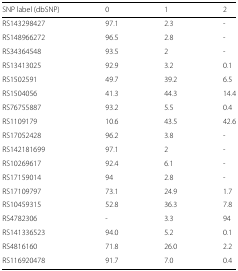
<table><thead><tr><td><b>SNP label (dbSNP)</b></td><td><b>0</b></td><td><b>1</b></td><td><b>2</b></td></tr></thead><tbody><tr><td>RS143298427</td><td>97.1</td><td>2.3</td><td>-</td></tr><tr><td>RS148966272</td><td>96.5</td><td>2.8</td><td>-</td></tr><tr><td>RS34364548</td><td>93.5</td><td>2</td><td>-</td></tr><tr><td>RS13413025</td><td>92.9</td><td>3.2</td><td>0.1</td></tr><tr><td>RS1502591</td><td>49.7</td><td>39.2</td><td>6.5</td></tr><tr><td>RS1504056</td><td>41.3</td><td>44.3</td><td>14.4</td></tr><tr><td>RS76755887</td><td>93.2</td><td>5.5</td><td>0.4</td></tr><tr><td>RS1109179</td><td>10.6</td><td>43.5</td><td>42.6</td></tr><tr><td>RS17052428</td><td>96.2</td><td>3.8</td><td>-</td></tr><tr><td>RS142181699</td><td>97.1</td><td>2</td><td>-</td></tr><tr><td>RS10269617</td><td>92.4</td><td>6.1</td><td>-</td></tr><tr><td>RS17159014</td><td>94</td><td>2.8</td><td>-</td></tr><tr><td>RS17109797</td><td>73.1</td><td>24.9</td><td>1.7</td></tr><tr><td>RS10459315</td><td>52.8</td><td>36.3</td><td>7.8</td></tr><tr><td>RS4782306</td><td>-</td><td>3.3</td><td>94</td></tr><tr><td>RS141336523</td><td>94.0</td><td>5.2</td><td>0.1</td></tr><tr><td>RS4816160</td><td>71.8</td><td>26.0</td><td>2.2</td></tr><tr><td>RS116920478</td><td>91.7</td><td>7.0</td><td>0.4</td></tr></tbody></table>